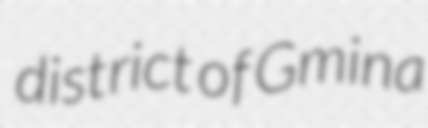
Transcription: district of Gmina